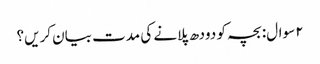
۲ سوال: بچہ کو دودھ پلانے کی مدت بیان کریں؟